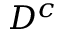
D ^ { c }